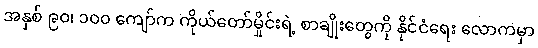
အနှစ် ၉၀၊ ၁၀၀ ကျော်က ကိုယ်တော်မှိုင်းရဲ့ စာချိုးတွေကို နိုင်ငံရေး လောကမှာ